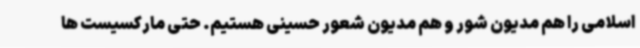
اسلامی را هم مدیون شور و هم مدیون شعور حسینی هستیم. حتی مارکسیست ها